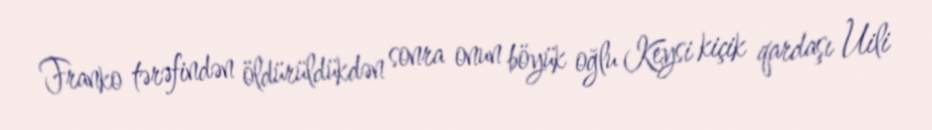
Franko tərəfindən öldürüldükdən sonra onun böyük oğlu Keysi kiçik qardaşı Uili